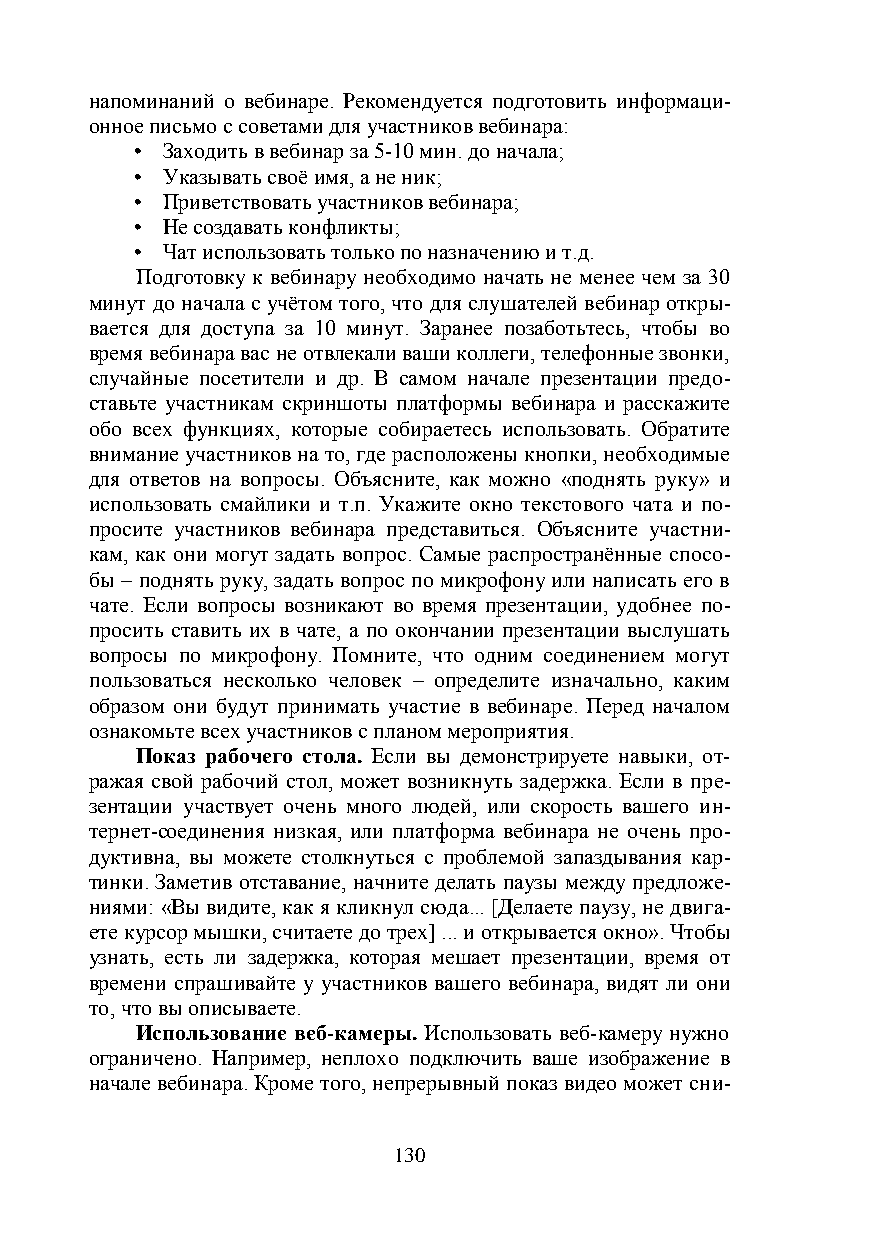
напоминаний о вебинаре. Рекомендуется подготовить информаци-
 онное письмо с советами для участников вебинара:
 • Заходить в вебинар за 5-10 мин. до начала;
 • Указывать своё имя, а не ник;
 • Приветствовать участников вебинара;
 • Не создавать конфликты;
 • Чат использовать только по назначению и т.д.
 Подготовку к вебинару необходимо начать не менее чем за 30
 минут до начала с учётом того, что для слушателей вебинар откры-
 вается для доступа за 10 минут. Заранее позаботьтесь, чтобы во
 время вебинара вас не отвлекали ваши коллеги, телефонные звонки,
 случайные посетители и др. В самом начале презентации предо-
 ставьте участникам скриншоты платформы вебинара и расскажите
 обо всех функциях, которые собираетесь использовать. Обратите
 внимание участников на то, где расположены кнопки, необходимые
 для ответов на вопросы. Объясните, как можно «поднять руку» и
 использовать смайлики и т.п. Укажите окно текстового чата и по-
 просите участников вебинара представиться. Объясните участни-
 кам, как они могут задать вопрос. Самые распространённые спосо-
 бы – поднять руку, задать вопрос по микрофону или написать его в
 чате. Если вопросы возникают во время презентации, удобнее по-
 просить ставить их в чате, а по окончании презентации выслушать
 вопросы по микрофону. Помните, что одним соединением могут
 пользоваться несколько человек – определите изначально, каким
 образом они будут принимать участие в вебинаре. Перед началом
 ознакомьте всех участников с планом мероприятия.
 Показ рабочего стола. Если вы демонстрируете навыки, от-
 ражая свой рабочий стол, может возникнуть задержка. Если в пре-
 зентации участвует очень много людей, или скорость вашего ин-
 тернет-соединения низкая, или платформа вебинара не очень про-
 дуктивна, вы можете столкнуться с проблемой запаздывания кар-
 тинки. Заметив отставание, начните делать паузы между предложе-
 ниями: «Вы видите, как я кликнул сюда... [Делаете паузу, не двига-
 ете курсор мышки, считаете до трех] ... и открывается окно». Чтобы
 узнать, есть ли задержка, которая мешает презентации, время от
 времени спрашивайте у участников вашего вебинара, видят ли они
 то, что вы описываете.
 Использование веб-камеры. Использовать веб-камеру нужно
 ограничено. Например, неплохо подключить ваше изображение в
 начале вебинара. Кроме того, непрерывный показ видео может сни-
 130